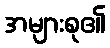
အများစု၏